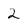
Character: 2